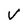
Character: V